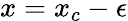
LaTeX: x=x_{c}-\epsilon